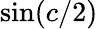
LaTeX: \mathrm{sin}(c/2)